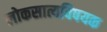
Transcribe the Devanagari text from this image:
लोकसात्यविषयक